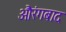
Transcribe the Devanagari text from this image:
औरंगबाद